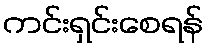
ကင်းရှင်းစေရန်